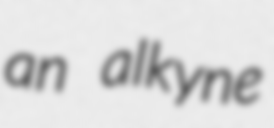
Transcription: an alkyne